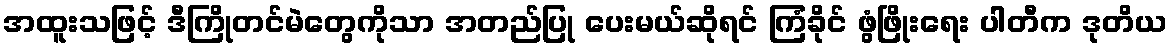
အထူးသဖြင့် ဒီကြိုတင်မဲတွေကိုသာ အတည်ပြု ပေးမယ်ဆိုရင် ကြံခိုင် ဖွံဖြိုးရေး ပါတီက ဒုတိယ